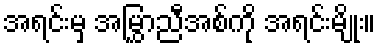
အရင်းမှ အမြွှာညီအစ်ကို အရင်းမျိုး။